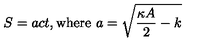
S = a c t , \mathrm { w h e r e } \ a = \sqrt { \frac { \kappa A } { 2 } - k }